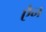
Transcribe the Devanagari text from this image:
एैन